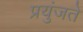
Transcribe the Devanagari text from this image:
प्रयुंजते